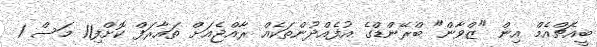
ބީއެޗްއެމް އިން "ޒްވާން" ބްރޭންޑްގެ އުފެއްދުންތަކެއް ރާއްޖެއަށް ތައާރަފް ކޮށްފި11 މަސް 1